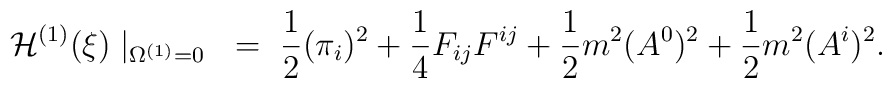
{\cal H}^{(1)}(\xi) \mid_{\Omega^{(1)}=0} ~=~                    \frac{1}{2} (\pi_i)^2                    + \frac{1}{4}F_{ij}F^{ij}                    + \frac{1}{2} m^2 (A^0)^2                    + \frac{1}{2} m^2 (A^i)^2.